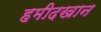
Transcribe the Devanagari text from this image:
हमीदखान